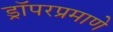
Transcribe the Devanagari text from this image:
ड्रॉपरप्रमाणे